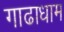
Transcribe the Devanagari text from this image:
गाढाधाम